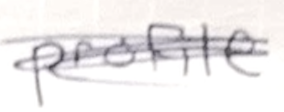
Text: profile
Cross-out: scratch
Writing tool: pencil